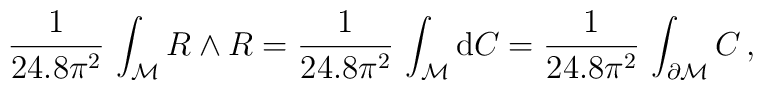
\frac{1}{24.8\pi^2}\,\int_{\cal M} R\wedge R = \frac{1}{24.8\pi^2}\,\int_{{\cal M}} {\rm d}C = \frac{1}{24.8\pi^2}\,\int_{\partial   {\cal M}} C\, ,